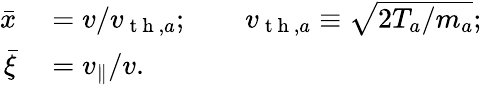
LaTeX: \begin{array}{rl}{\bar{x}}&{{}=v/v_{\mathrm{~t~h~},a};\qquad v_{\mathrm{~t~h~},a}\equiv\sqrt{2T_{a}/m_{a}};}\\ {\bar{\xi}}&{{}=v_{\parallel}/v.}\end{array}